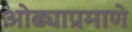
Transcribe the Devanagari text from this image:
ओढ्याप्रमाणे